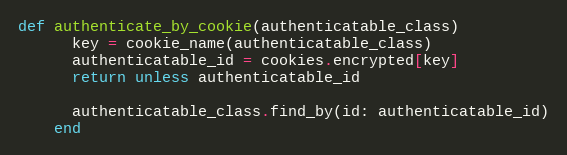
Language: Ruby
def authenticate_by_cookie(authenticatable_class)
      key = cookie_name(authenticatable_class)
      authenticatable_id = cookies.encrypted[key]
      return unless authenticatable_id

      authenticatable_class.find_by(id: authenticatable_id)
    end